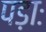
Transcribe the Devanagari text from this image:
पड़ाः